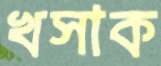
খসাক